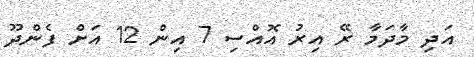
އަދި މާދަމާ ރޭ އިރު އޮއްސި 7 އިން 12 އަށް ފެންދޫ